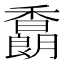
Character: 𩡜